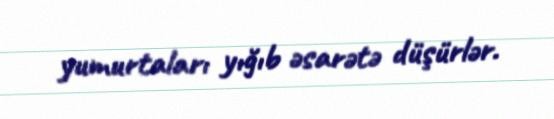
yumurtaları yığıb əsarətə düşürlər.